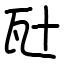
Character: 瓧